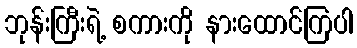
ဘုန်းကြီးရဲ့ စကားကို နားထောင်ကြပါ